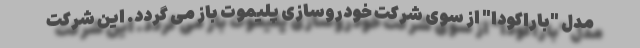
مدل "باراکودا" از سوی شرکت خودروسازی پلیموت باز می گردد. این شرکت